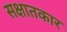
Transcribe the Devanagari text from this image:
सक्षातकार